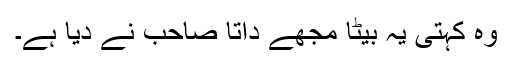
وہ کہتی یہ بیٹا مجھے داتا صاحب نے دیا ہے۔